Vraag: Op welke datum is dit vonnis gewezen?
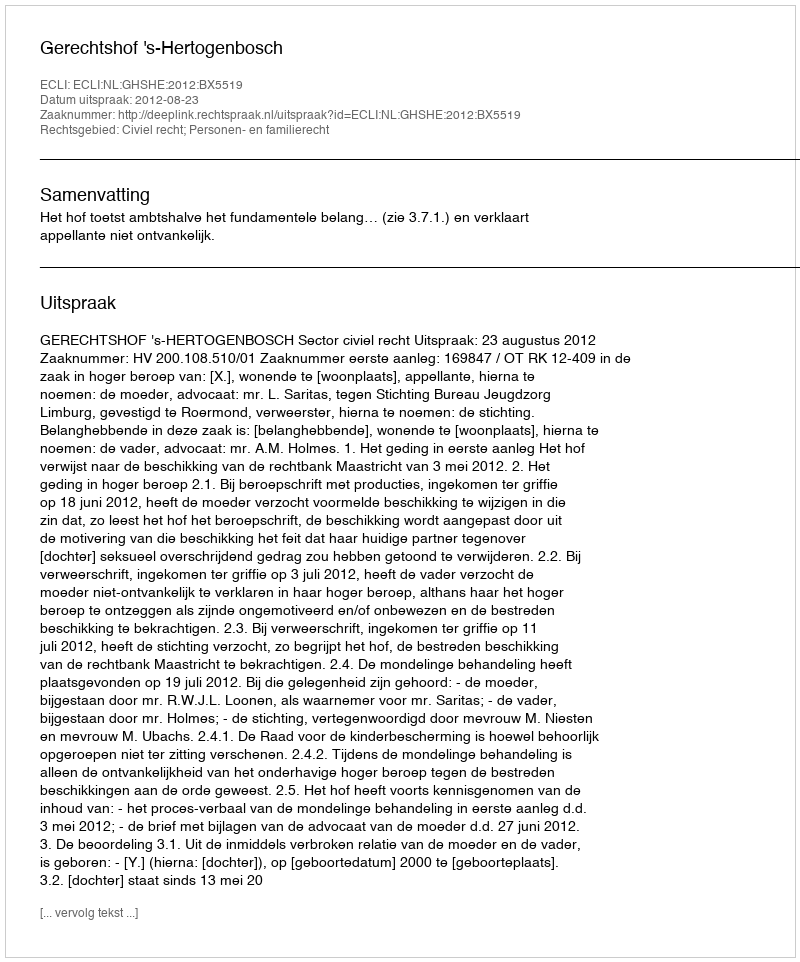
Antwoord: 2012-08-23